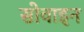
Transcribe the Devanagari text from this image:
सोवाइन